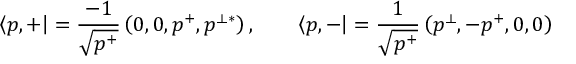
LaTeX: \left\langle { p , + } \right| = { \frac { - 1 } { \sqrt { p ^ { + } } } } \left( 0 , 0 , p ^ { + } , p ^ { \perp * } \right) , \qquad \left\langle { p , - } \right| = { \frac { 1 } { \sqrt { p ^ { + } } } } \left( p ^ { \perp } , - p ^ { + } , 0 , 0 \right)